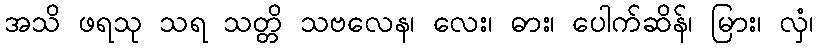
အသိ ဖရသု သရ သတ္တိ သဗလေန၊ လေး၊ ဓား၊ ပေါက်ဆိန်၊ မြား၊ လှံ၊